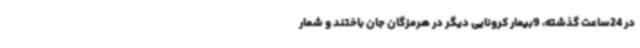
در 24ساعت گذشته، 9بیمار کرونایی دیگر در هرمزگان جان باختند و شمار